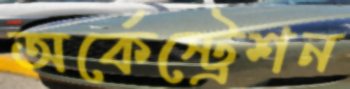
অর্কেস্ট্রেশন